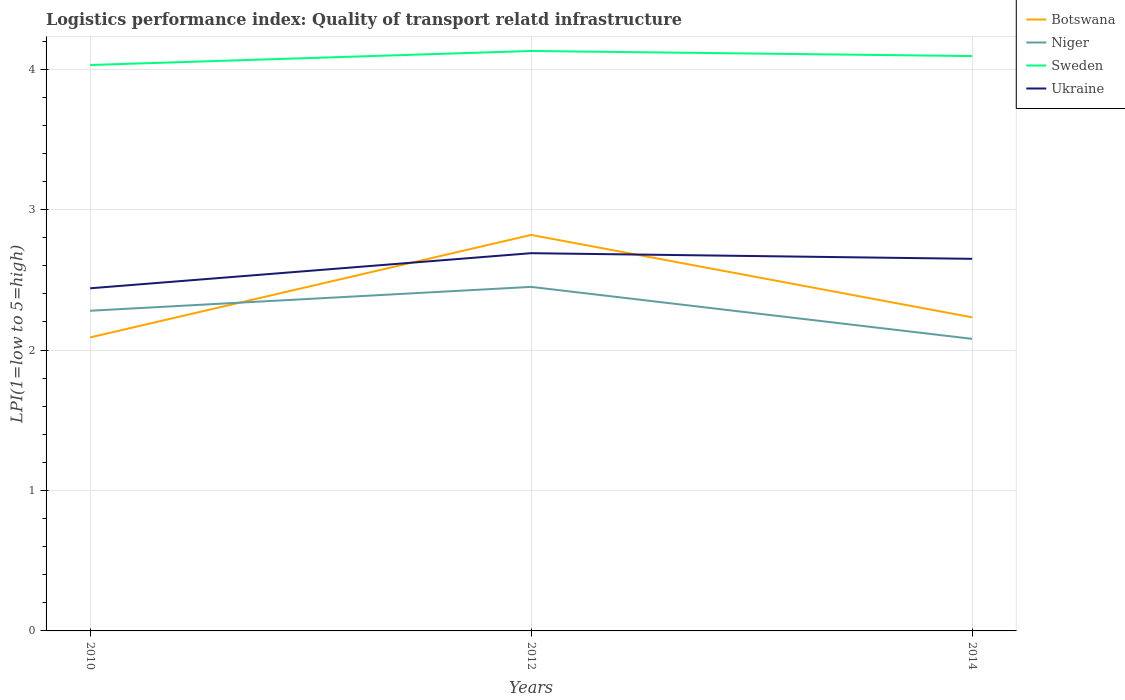
| Years | Botswana | Niger | Sweden | Ukraine |
 | --- | --- | --- | --- | --- |
 | 2010 | 2.09 | 2.28 | 4.03 | 2.44 |
 | 2012 | 2.82 | 2.45 | 4.13 | 2.69 |
 | 2014 | 2.23 | 2.08 | 4.09 | 2.65 |